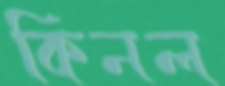
কিনল